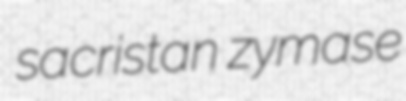
sacristan zymase